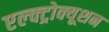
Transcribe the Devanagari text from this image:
एल्क्ट्रोक्यूशन